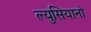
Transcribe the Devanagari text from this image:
ल्युसियानो